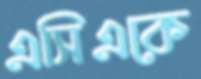
এসিএকে